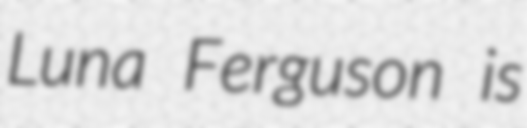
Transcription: Luna Ferguson is